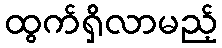
ထွက်ရှိလာမည့်